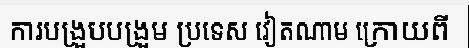
ការបង្រួបបង្រួម ប្រទេស វៀតណាម ក្រោយពី